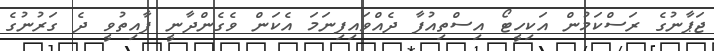
ޖަޕާނުގެ ރަސްކަމުން އަކިހީޓޯ އިސްތިއުފާ ދެއްވައިފިނަމަ އެކަން ވެގެންދާނީ ފާއިތުވީ ދެ ގަރުނުގެ